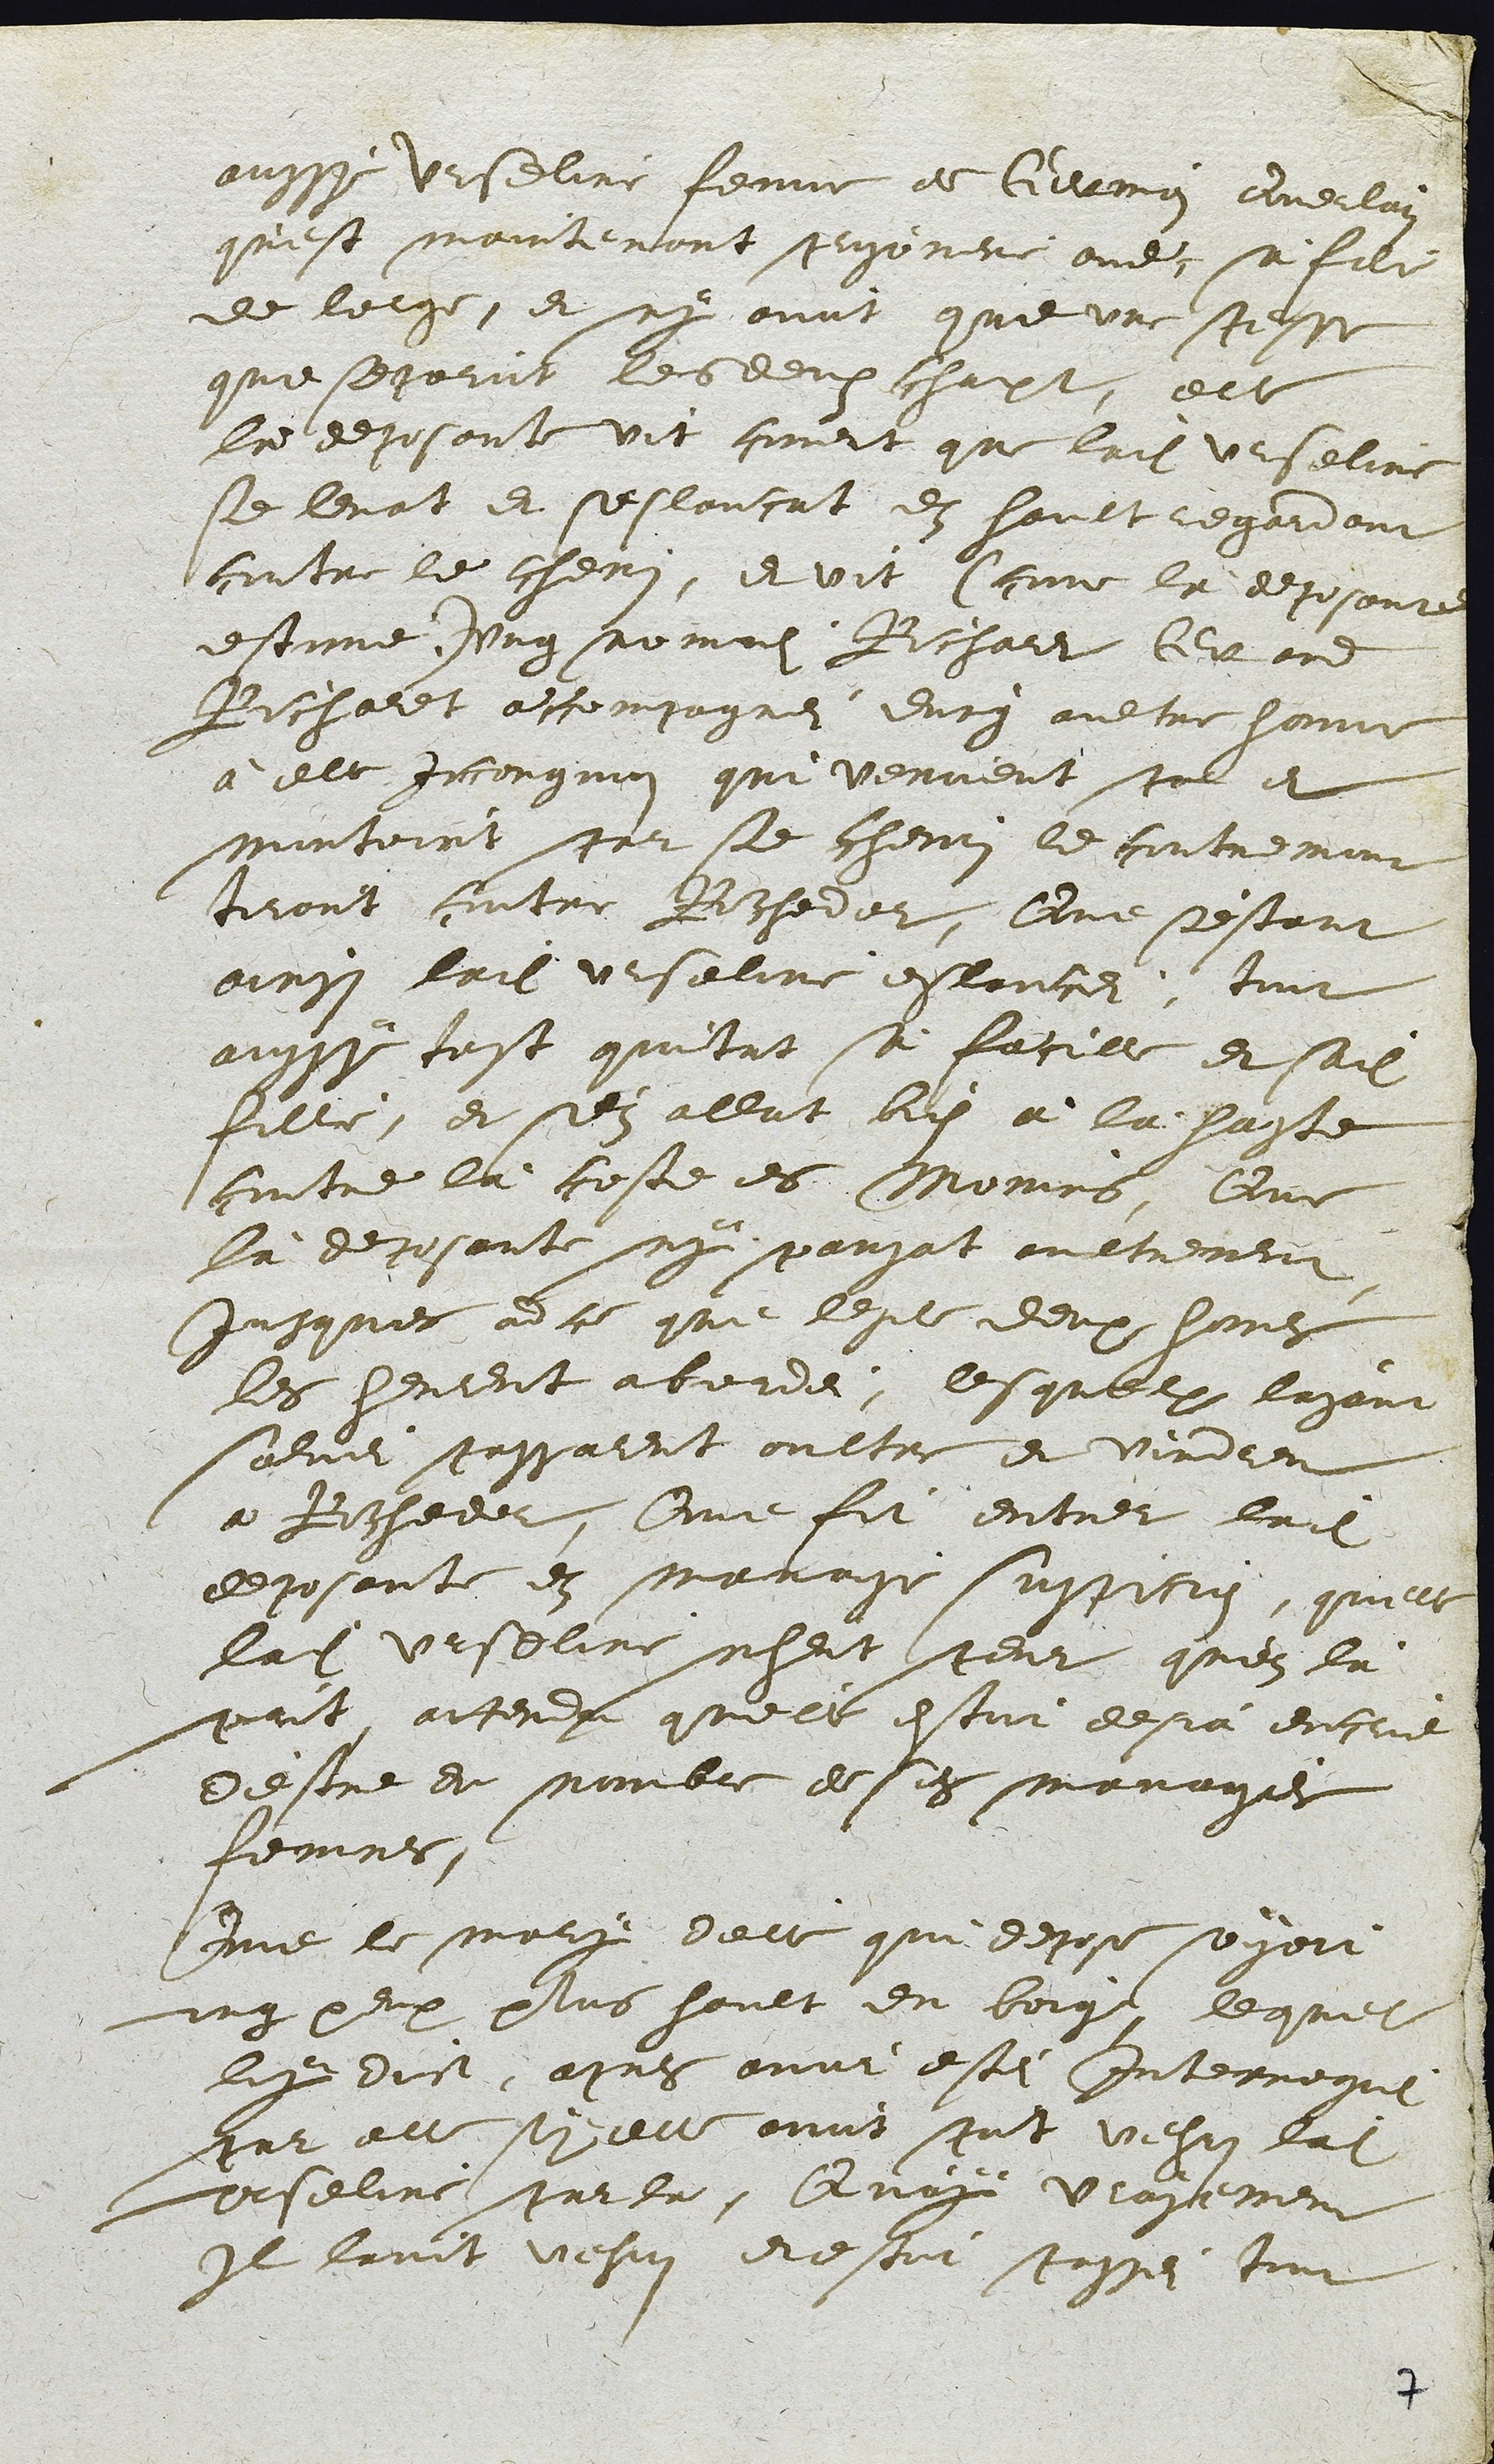
aussy Urseline feme de Germain Querlain
qu'est maintenant prisoniere avec sa fille
de lorge, et ny avoit que une pesse
que separoit les deux champt, elle
la deposante vit coment que ladite Urseline
se levat et seslancat en hault regardant
contre le chemin, et vit (come la deposante
estime.) ung nommei Richardt Grand
Richardt accompagnei d'ung aultre homme
à elle Incongnus qui venoient par et
montoient par se chemin le contremont
tirant contre Rochedor. Que s'estant
ainsi ladite urseline eslanciei, tout
aussy tost quitat sa faucille et sadite
fille, et s'en allat bien à la haste
contre là coste es Monnins, Que
là deposante ny pansat aultrement,
Jusques ad ce que lesdits deux homes
les heurent abordei, lesquelx layant
saluei passarent oultre et vindrent
a Rochedor, Que fit entrer ladite
deposante en mavaise suspicion, quelle
ladite Urseline nheut peur qu'on là
prit attendu qu'elle estoit desia encrie
d'estre du nombre desdites mavaises
femmes.
Que le mary d'elle qui depose soyoit
ung peux plus hault du boig, lequel
luy dict, apres avoit estei Interroguei
par elle sy elle avoit point vehus ladite
Urseline par la, Qu'ouy vrayement
Il lavoit vehus et estoit passei tout

7